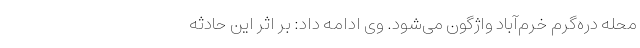
محله دره‌گرم خرم‌آباد واژگون می‌شود. وی ادامه داد: بر اثر این حادثه